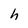
Character: h